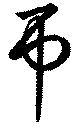
弔